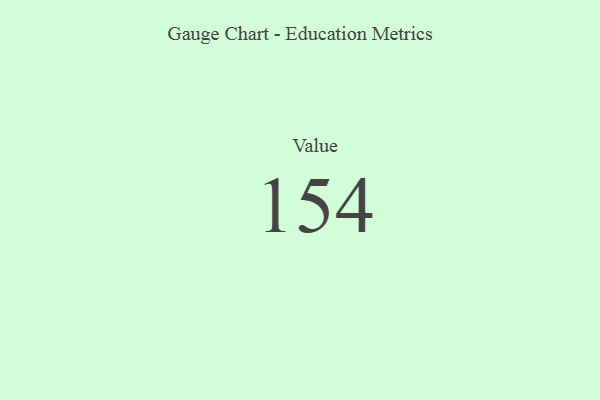
{"axis": {"x": "Metric", "y": "Value"}, "legend": [""], "data": [{"x": "Value", "y": 154, "type": ""}]}